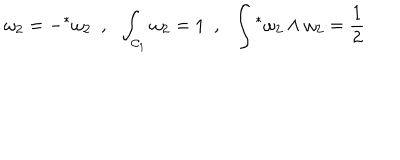
LaTeX: \omega _ { 2 } = - { } ^ { * } \omega _ { 2 } ~ ~ , ~ ~ \int _ { { \cal C } _ { 1 } } \omega _ { 2 } = 1 ~ ~ , ~ ~ \int { } ^ { * } \omega _ { 2 } \wedge \omega _ { 2 } = \frac { 1 } { 2 }